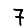
Digit: 7